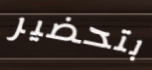
بتحضير